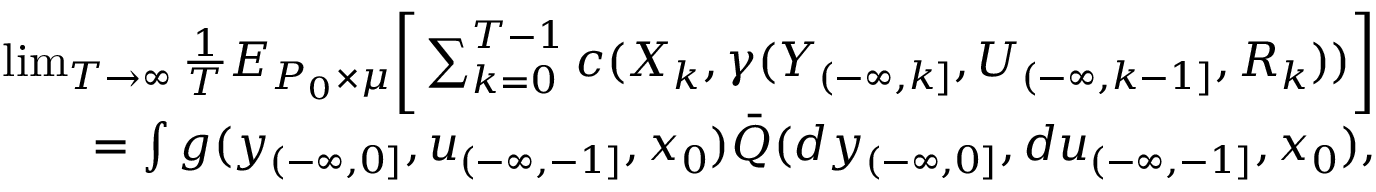
\begin{array} { r l r } & { } & { \operatorname* { l i m } _ { T \to \infty } { \frac { 1 } { T } } E _ { P _ { 0 } \times \mu } \bigg [ \sum _ { k = 0 } ^ { T - 1 } c ( X _ { k } , \gamma ( Y _ { ( - \infty , k ] } , U _ { ( - \infty , k - 1 ] } , R _ { k } ) ) \bigg ] } \\ & { } & { \quad \quad \quad \quad = \int g ( y _ { ( - \infty , 0 ] } , u _ { ( - \infty , - 1 ] } , x _ { 0 } ) \bar { Q } ( d y _ { ( - \infty , 0 ] } , d u _ { ( - \infty , - 1 ] } , x _ { 0 } ) , } \end{array}